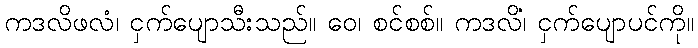
ကဒလိဖလံ၊ ငှက်ပျောသီးသည်။ ဝေ၊ စင်စစ်။ ကဒလိံ၊ ငှက်ပျောပင်ကို။